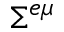
\Sigma ^ { e \mu }